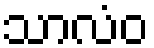
သာလံဝ